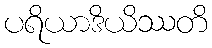
ပရိယာဒိယိဿတိ